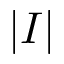
| I |